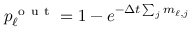
p _ { \ell } ^ { \mathrm { ~ o ~ u ~ t ~ } } = 1 - e ^ { - \Delta t \sum _ { j } m _ { \ell , j } }